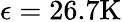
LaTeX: \epsilon=26.7\mathrm{K}